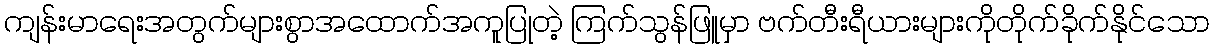
ကျန်းမာရေးအတွက်များစွာအထောက်အကူပြုတဲ့ ကြက်သွန်ဖြူမှာ ဗက်တီးရီယားများကိုတိုက်ခိုက်နိုင်သော